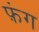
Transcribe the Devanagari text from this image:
फ़ंग